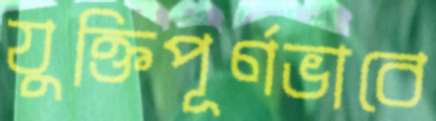
যুক্তিপূর্ণভাবে